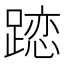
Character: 𨄄